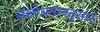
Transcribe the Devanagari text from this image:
संशोधनाननुसार